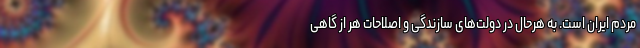
مردم ایران است. به هرحال در دولت‌های سازندگی و اصلاحات هر از گاهی